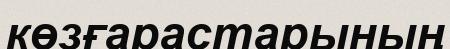
көзғарастарының